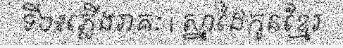
ទី៦៖ភ្លើងរាគៈ | ស្នាដៃកូនខ្មែរ